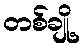
တစ်ချို့